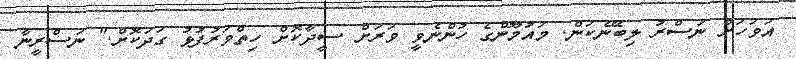
އަވަހަށް ނަސްރު ލިބޭނެކަން. މައުމޫންގެ ހުންނެވީ ވަރަށް ސީދާކޮށް ހިތްވަރުފުޅު ގަދަކޮށް." ނަސްރީނާ